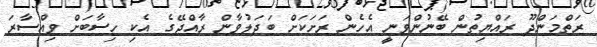
ރަތްމަންދޫ ރައްޔިތުން ބޭނުންވަނީ އެހެން ރަށަކަށް ބަދަލުވާން ރާއްޖޭގެ އެކި ހިސާބަަށް ވިއްސާރަ